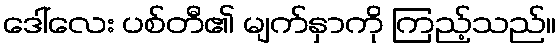
ဒေါ်လေး ပစ်တီ၏ မျက်နှာကို ကြည့်သည်။